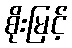
စိုးမြင့်